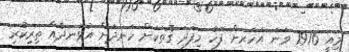
މިއީ 1976 ވަނަ އަހަރަށް ފަހު މިފަދަ ގޮތަކަށް ހަނދަށް އުޅަނދެއް ތިރިކުރި